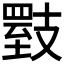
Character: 𪯇